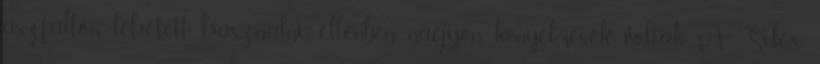
aszfalton lehetett használni, ellenben nagyon kényelmesek voltak. A Silex